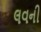
લવની